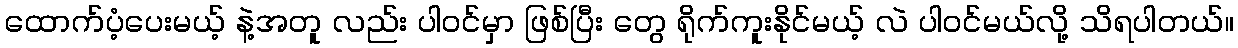
ထောက်ပံ့ပေးမယ့် နဲ့အတူ လည်း ပါဝင်မှာ ဖြစ်ပြီး တွေ ရိုက်ကူးနိုင်မယ့် လဲ ပါဝင်မယ်လို့ သိရပါတယ်။